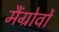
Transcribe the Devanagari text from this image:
मैंग्रोवों